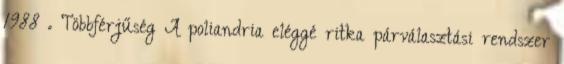
1988 . Többférjűség A poliandria eléggé ritka párválasztási rendszer